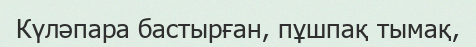
Күләпара бастырған, пұшпақ тымақ,